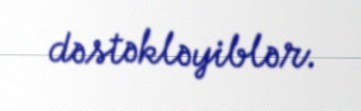
dəstəkləyiblər.